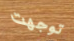
توجهت